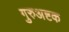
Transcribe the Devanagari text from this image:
गुरुअष्टक